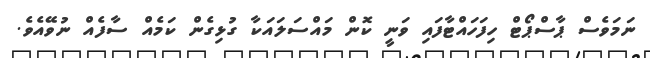
ނަމަވެސް ޕާސްޕޯޓް ހިފަހައްޓާފައި ވަނީ ކޮން މައްސަލައަކާ ގުޅިގެން ކަމެއް ސާފެއް ނުވޭއެވެ.